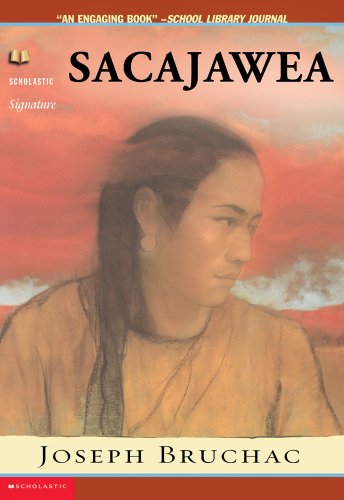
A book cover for Sacajawea (Lewis & Clark Expedition); Joseph Bruchac; Teen & Young Adult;